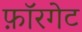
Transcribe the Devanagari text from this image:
फ़ॉरगेट